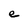
Character: e